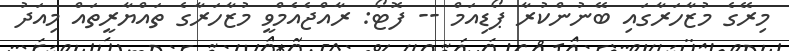
މިރޭގެ މުޒާހަރާގައި ބޭނުންކުރާ ޕޯޑިއަމް -- ފޮޓޯ: ރާއްޖެއެމްވީ މުޒާހަރާގެ ތައްޔާރީތައް މިއަދު